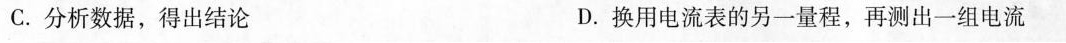
C.分析数据，得出结论D.换用电流表的另一量程，再测出一组电流